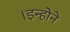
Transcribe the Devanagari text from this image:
।इन्होने